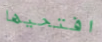
افتحيها